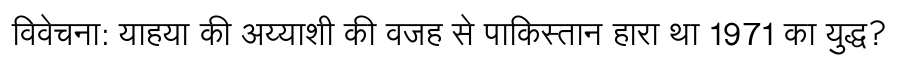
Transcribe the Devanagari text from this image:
विवेचना: याहया की अय्याशी की वजह से पाकिस्तान हारा था 1971 का युद्ध?